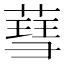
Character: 𦹙